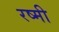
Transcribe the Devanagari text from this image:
रष्मी